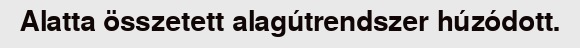
Alatta összetett alagútrendszer húzódott.